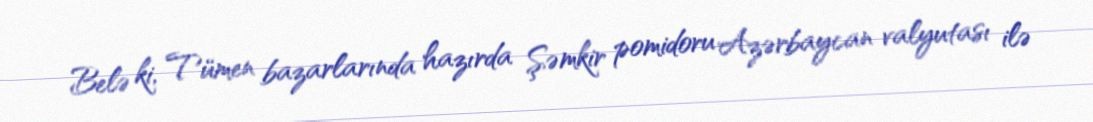
Belə ki, Tümen bazarlarında hazırda Şəmkir pomidoru Azərbaycan valyutası ilə